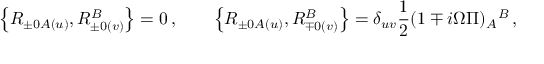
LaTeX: \left\{ R _ { \pm 0 A ( u ) } , R _ { \pm 0 ( v ) } ^ { B } \right\} = 0 \, , \qquad \left\{ R _ { \pm 0 A ( u ) } , R _ { \mp 0 ( v ) } ^ { B } \right\} = \delta _ { u v } \frac { 1 } { 2 } ( 1 \mp i \Omega \Pi ) _ { A } { } ^ { B } \, ,